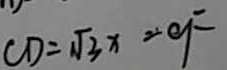
C D = \sqrt { 3 } x = O F